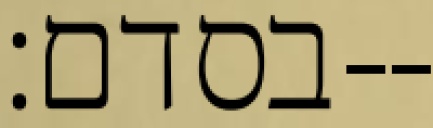
בסדם׃--